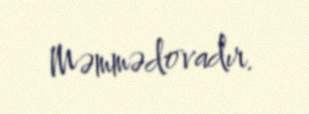
Məmmədovadır.